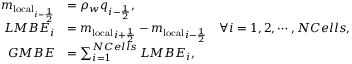
\begin{array} { r l } { m _ { \mathrm { l o c a l } _ { i - \frac { 1 } { 2 } } } } & { = \rho _ { w } q _ { i - \frac { 1 } { 2 } } , } \\ { L M B E _ { i } } & { = { m _ { \mathrm { l o c a l } } } _ { i + \frac { 1 } { 2 } } - { m _ { \mathrm { l o c a l } } } _ { i - \frac { 1 } { 2 } } \quad \forall i = 1 , 2 , \cdots , N C e l l s , } \\ { G M B E } & { = \sum _ { i = 1 } ^ { N C e l l s } L M B E _ { i } , } \end{array}